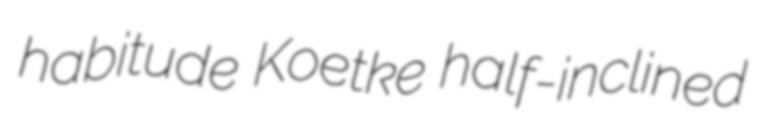
habitude Koetke half-inclined